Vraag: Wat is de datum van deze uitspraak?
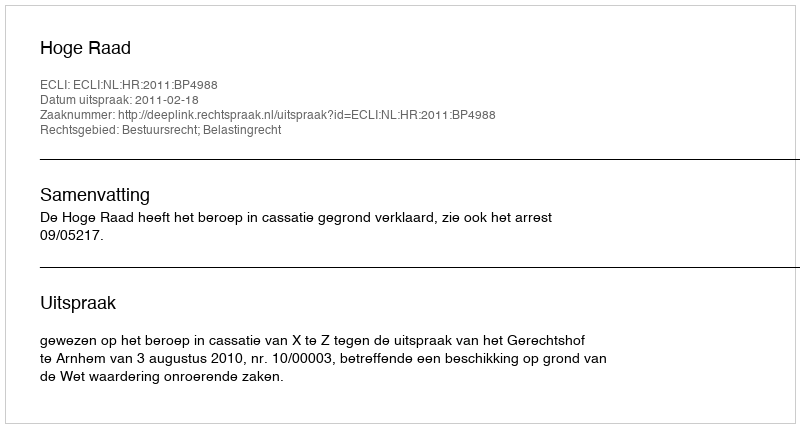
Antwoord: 2011-02-18